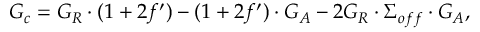
G _ { c } = G _ { R } \cdot ( 1 + 2 f ^ { \prime } ) - ( 1 + 2 f ^ { \prime } ) \cdot G _ { A } - 2 G _ { R } \cdot \Sigma _ { o f f } \cdot G _ { A } ,